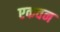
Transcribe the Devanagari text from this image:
एकवन